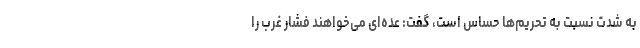
به شدت نسبت به تحریم‌ها حساس است، گفت: عده‌ای می‌خواهند فشار غرب را